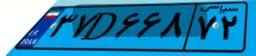
۳۷D۶۶۸۷۲